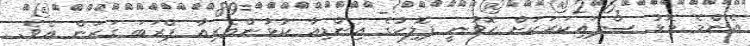
އެންމެ މޮޅު ސްޕައިކަރަކަށް ހޮވުނީ ޕޮލިހުގެ އިންޑިއާ ކުޅުންތެރިއާ ޕްރަބަ ގަރަން އެވެ.